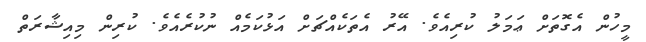
މީހުން އެގޮތަށް ޢަމަލު ކުރިއެވެ. އޭރު އެތަކެއްޗަށް އަޅުކަމެއް ނުކުރެއެވެ. ކުރިން މިއިޝާރަތް